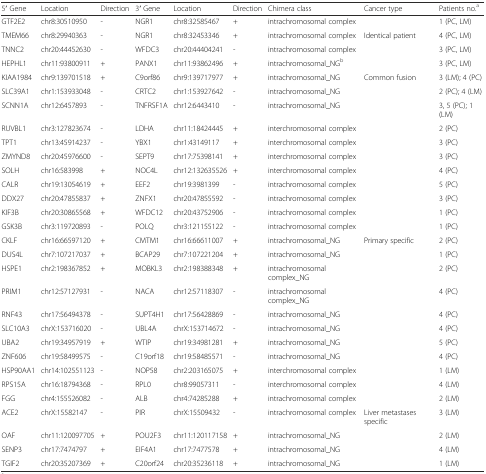
<table><thead><tr><td><b>5′ Gene</b></td><td><b>Location</b></td><td><b>Direction</b></td><td><b>3′ Gene</b></td><td><b>Location</b></td><td><b>Direction</b></td><td><b>Chimera class</b></td><td><b>Cancer type</b></td><td><b>Patients no.<sup>a</sup></b></td></tr></thead><tbody><tr><td>GTF2E2</td><td>chr8:30510950</td><td>-</td><td>NGR1</td><td>chr8:32585467</td><td>+</td><td>intrachromosomal complex</td><td></td><td>1 (PC, LM)</td></tr><tr><td>TMEM66</td><td>chr8:29940363</td><td>-</td><td>NGR1</td><td>chr8:32453346</td><td>+</td><td>intrachromosomal complex</td><td rowspan="2">Identical patient</td><td>4 (PC, LM)</td></tr><tr><td>TNNC2</td><td>chr20:44452630</td><td>-</td><td>WFDC3</td><td>chr20:44404241</td><td>-</td><td>intrachromosomal complex</td><td>3 (PC, LM)</td></tr><tr><td>HEPHL1</td><td>chr11:93800911</td><td>+</td><td>PANX1</td><td>chr11:93862496</td><td>+</td><td>intrachromosomal_NG<sup>b</sup></td><td></td><td>3 (PC, LM)</td></tr><tr><td>KIAA1984</td><td>chr9:139701518</td><td>+</td><td>C9orf86</td><td>chr9:139717977</td><td>+</td><td>intrachromosomal_NG</td><td rowspan="3">Common fusion</td><td>3 (LM); 4 (PC)</td></tr><tr><td>SLC39A1</td><td>chr1:153933048</td><td>-</td><td>CRTC2</td><td>chr1:153927642</td><td>-</td><td>intrachromosomal_NG</td><td>2 (PC); 4 (LM)</td></tr><tr><td>SCNN1A</td><td>chr12:6457893</td><td>-</td><td>TNFRSF1A</td><td>chr12:6443410</td><td>-</td><td>intrachromosomal_NG</td><td>3, 5 (PC); 1 (LM)</td></tr><tr><td>RUVBL1</td><td>chr3:127823674</td><td>-</td><td>LDHA</td><td>chr11:18424445</td><td>+</td><td>interchromosomal complex</td><td></td><td>2 (PC)</td></tr><tr><td>TPT1</td><td>chr13:45914237</td><td>-</td><td>YBX1</td><td>chr1:43149117</td><td>+</td><td>interchromosomal complex</td><td></td><td>3 (PC)</td></tr><tr><td>ZMYND8</td><td>chr20:45976600</td><td>-</td><td>SEPT9</td><td>chr17:75398141</td><td>+</td><td>interchromosomal complex</td><td></td><td>3 (PC)</td></tr><tr><td>SOLH</td><td>chr16:583998</td><td>+</td><td>NOC4L</td><td>chr12:132635526</td><td>+</td><td>interchromosomal complex</td><td></td><td>4 (PC)</td></tr><tr><td>CALR</td><td>chr19:13054619</td><td>+</td><td>EEF2</td><td>chr19:3981399</td><td>-</td><td>intrachromosomal complex</td><td></td><td>5 (PC)</td></tr><tr><td>DDX27</td><td>chr20:47855837</td><td>+</td><td>ZNFX1</td><td>chr20:47855592</td><td>-</td><td>intrachromosomal complex</td><td></td><td>3 (PC)</td></tr><tr><td>KIF3B</td><td>chr20:30865568</td><td>+</td><td>WFDC12</td><td>chr20:43752906</td><td>-</td><td>intrachromosomal complex</td><td></td><td>1 (PC)</td></tr><tr><td>GSK3B</td><td>chr3:119720893</td><td>-</td><td>POLQ</td><td>chr3:121155122</td><td>-</td><td>intrachromosomal complex</td><td></td><td>1 (PC)</td></tr><tr><td>CKLF</td><td>chr16:66597120</td><td>+</td><td>CMTM1</td><td>chr16:66611007</td><td>+</td><td>intrachromosomal_NG</td><td>Primary specific</td><td>2 (PC)</td></tr><tr><td>DUS4L</td><td>chr7:107217037</td><td>+</td><td>BCAP29</td><td>chr7:107221204</td><td>+</td><td>intrachromosomal_NG</td><td></td><td>1 (PC)</td></tr><tr><td>HSPE1</td><td>chr2:198367852</td><td>+</td><td>MOBKL3</td><td>chr2:198388348</td><td>+</td><td>intrachromosomal complex_NG</td><td></td><td>2 (PC)</td></tr><tr><td>PRIM1</td><td>chr12:57127931</td><td>-</td><td>NACA</td><td>chr12:57118307</td><td>-</td><td>intrachromosomal complex_NG</td><td></td><td>4 (PC)</td></tr><tr><td>RNF43</td><td>chr17:56494378</td><td>-</td><td>SUPT4H1</td><td>chr17:56428869</td><td>-</td><td>intrachromosomal_NG</td><td></td><td>4 (PC)</td></tr><tr><td>SLC10A3</td><td>chrX:153716020</td><td>-</td><td>UBL4A</td><td>chrX:153714672</td><td>-</td><td>intrachromosomal_NG</td><td></td><td>4 (PC)</td></tr><tr><td>UBA2</td><td>chr19:34957919</td><td>+</td><td>WTIP</td><td>chr19:34981281</td><td>+</td><td>intrachromosomal_NG</td><td></td><td>5 (PC)</td></tr><tr><td>ZNF606</td><td>chr19:58499575</td><td>-</td><td>C19orf18</td><td>chr19:58485571</td><td>-</td><td>intrachromosomal_NG</td><td></td><td>4 (PC)</td></tr><tr><td>HSP90AA1</td><td>chr14:102551123</td><td>-</td><td>NOP58</td><td>chr2:203165075</td><td>+</td><td>interchromosomal complex</td><td></td><td>1 (LM)</td></tr><tr><td>RPS15A</td><td>chr16:18794368</td><td>-</td><td>RPL0</td><td>chr8:99057311</td><td>-</td><td>interchromosomal complex</td><td></td><td>4 (LM)</td></tr><tr><td>FGG</td><td>chr4:155526082</td><td>-</td><td>ALB</td><td>chr4:74285288</td><td>+</td><td>intrachromosomal complex</td><td></td><td>2 (LM)</td></tr><tr><td>ACE2</td><td>chrX:15582147</td><td>-</td><td>PIR</td><td>chrX:15509432</td><td>-</td><td>intrachromosomal complex</td><td>Liver metastases specific</td><td>3 (LM)</td></tr><tr><td>OAF</td><td>chr11:120097705</td><td>+</td><td>POU2F3</td><td>chr11:120117158</td><td>+</td><td>intrachromosomal_NG</td><td></td><td>2 (LM)</td></tr><tr><td>SENP3</td><td>chr17:7474797</td><td>+</td><td>EIF4A1</td><td>chr17:7477578</td><td>+</td><td>intrachromosomal_NG</td><td></td><td>4 (LM)</td></tr><tr><td>TGIF2</td><td>chr20:35207369</td><td>+</td><td>C20orf24</td><td>chr20:35236118</td><td>+</td><td>intrachromosomal_NG</td><td></td><td>1 (LM)</td></tr></tbody></table>